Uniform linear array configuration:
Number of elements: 8
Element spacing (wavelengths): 1
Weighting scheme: blackman
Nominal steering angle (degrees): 30
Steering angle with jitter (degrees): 30.602
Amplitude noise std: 0.05
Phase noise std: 0.05

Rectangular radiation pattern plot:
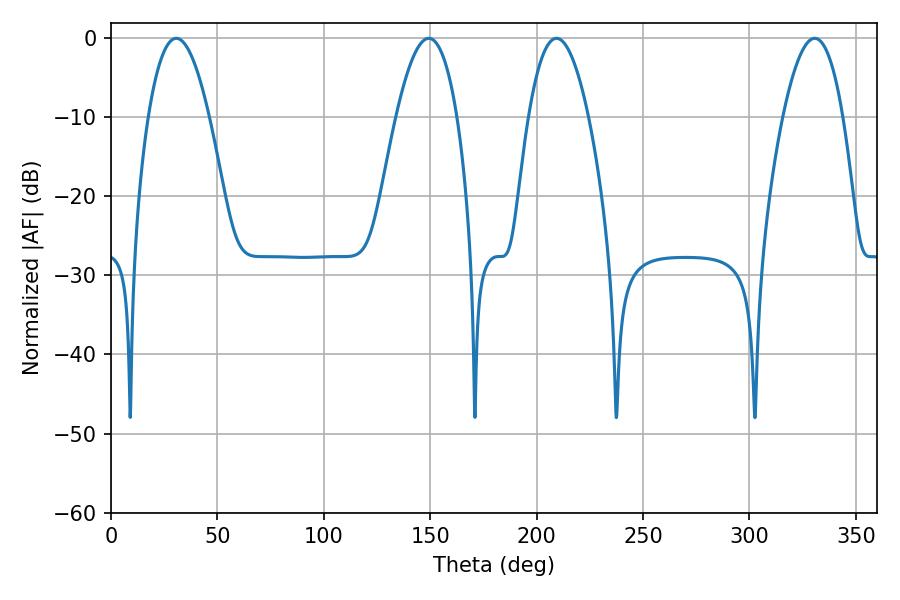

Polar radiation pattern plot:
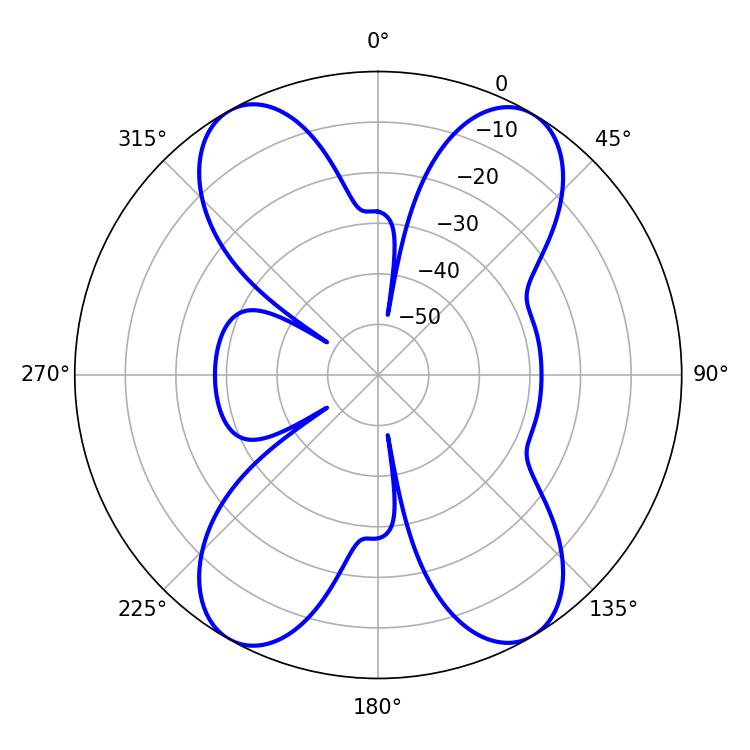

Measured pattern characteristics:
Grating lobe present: TRUE
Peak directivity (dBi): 20.239
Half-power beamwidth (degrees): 15.66
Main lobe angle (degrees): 209.34